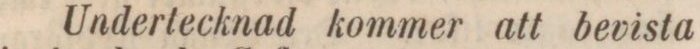
Undertecknad kommer att bevista